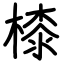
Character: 㯃